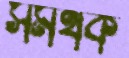
সমর্থক